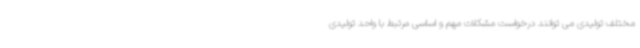
مختلف تولیدی می توانند درخواست مشکلات مهم و اساسی مرتبط با واحد تولیدی